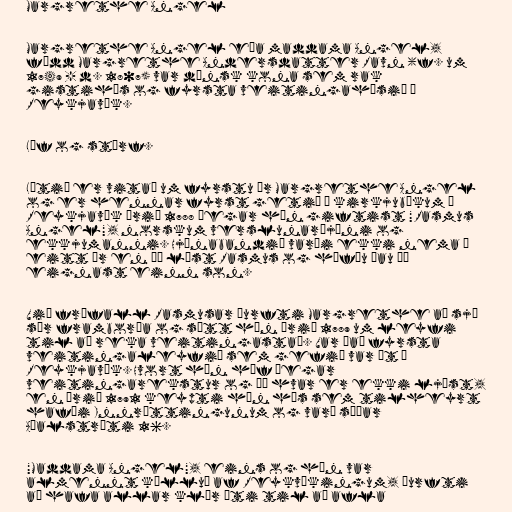
Margrethe Angel

Margrethe Angel eða maddama Angel,
fædd Margrethe Andersdatter Ravn (f. um
1749 - d. 1807) var dönsk kona sem rak
gistihús og fyrsta veitingahúsið í
Reykjavík.

Líf og störf.

Lítið er vitað um fyrstu ár Margrethe Angel
og er hennar fyrst getið í kirkjubókum í
Reykjavík árið 1788 þegar hún giftist "Rasmus
Angel", norskum verslunarþjóni og
ekkjumanni. Hjónabandið varði ekki nema í
eitt ár en þá lést Rasmus og höfðu þau þá
eignast einn son.

Við fráfall Rasmusar þurfti Margrethe að sjá
sér framborða og sótt hún árið 1789 um leyfi
til að reka veitingastað. Var það fyrsta
veitingaleyfið sem gefið var út í
Reykjavík. Hvort hún hóf þegar
veitingarekstur og þá hvar er ekki ljóst,
en árið 1791 keypti hún hús sem tilheyrt
hafði Innréttingunum og varð síðar
Aðalstræti 16.

"Maddama Angel", eins og hún var
almennt kölluð af Reykvíkingum, þurfti
að hafa allar klær úti til að afla